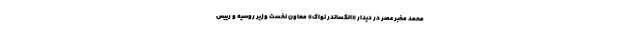
محمد مخبر عصر در دیدار «الکساندر نواک» معاون نخست وزیر روسیه و رییس